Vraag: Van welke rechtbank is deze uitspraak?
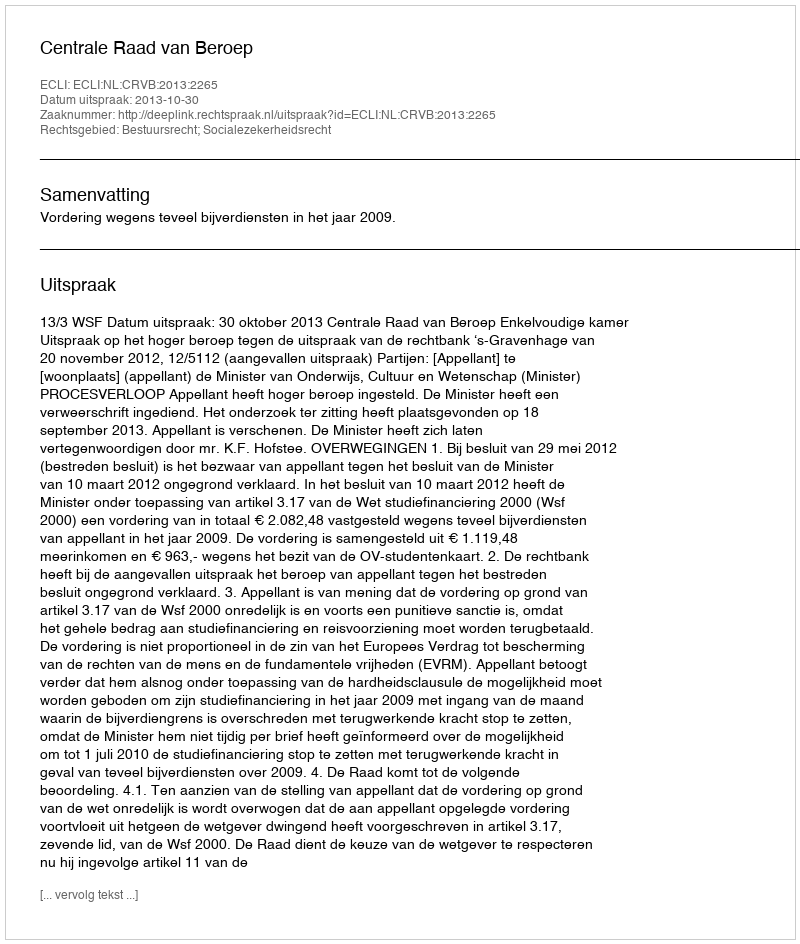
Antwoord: Centrale Raad van Beroep